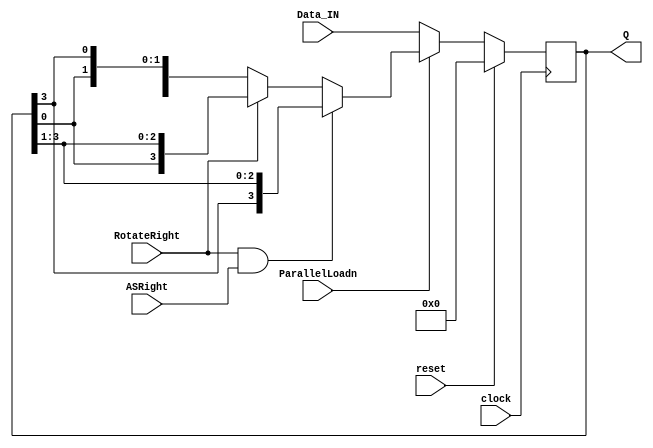
module part3(
    input clock, reset, ParallelLoadn, RotateRight, ASRight,
    input [3:0] Data_IN,
    output reg [3:0] Q
);

    always @(posedge clock) begin
        if (reset) 
            Q <= 4'b0000;
        else if (!ParallelLoadn) 
            Q <= Data_IN;
        else if (RotateRight && ASRight) 
            Q <= {Q[3], Q[3:1]}; //ASRight
        else if (RotateRight)
          Q <= {Q[0], Q[3:1]}; //Rotate right - preserving lowest bit
        else
          Q <= {Q[2:0], Q[3]}; //Rotate left - preserving sig bit
    end

endmodule